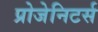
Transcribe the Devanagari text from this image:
प्रोजेनिटर्स